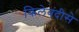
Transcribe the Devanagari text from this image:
किलेबंदीसे